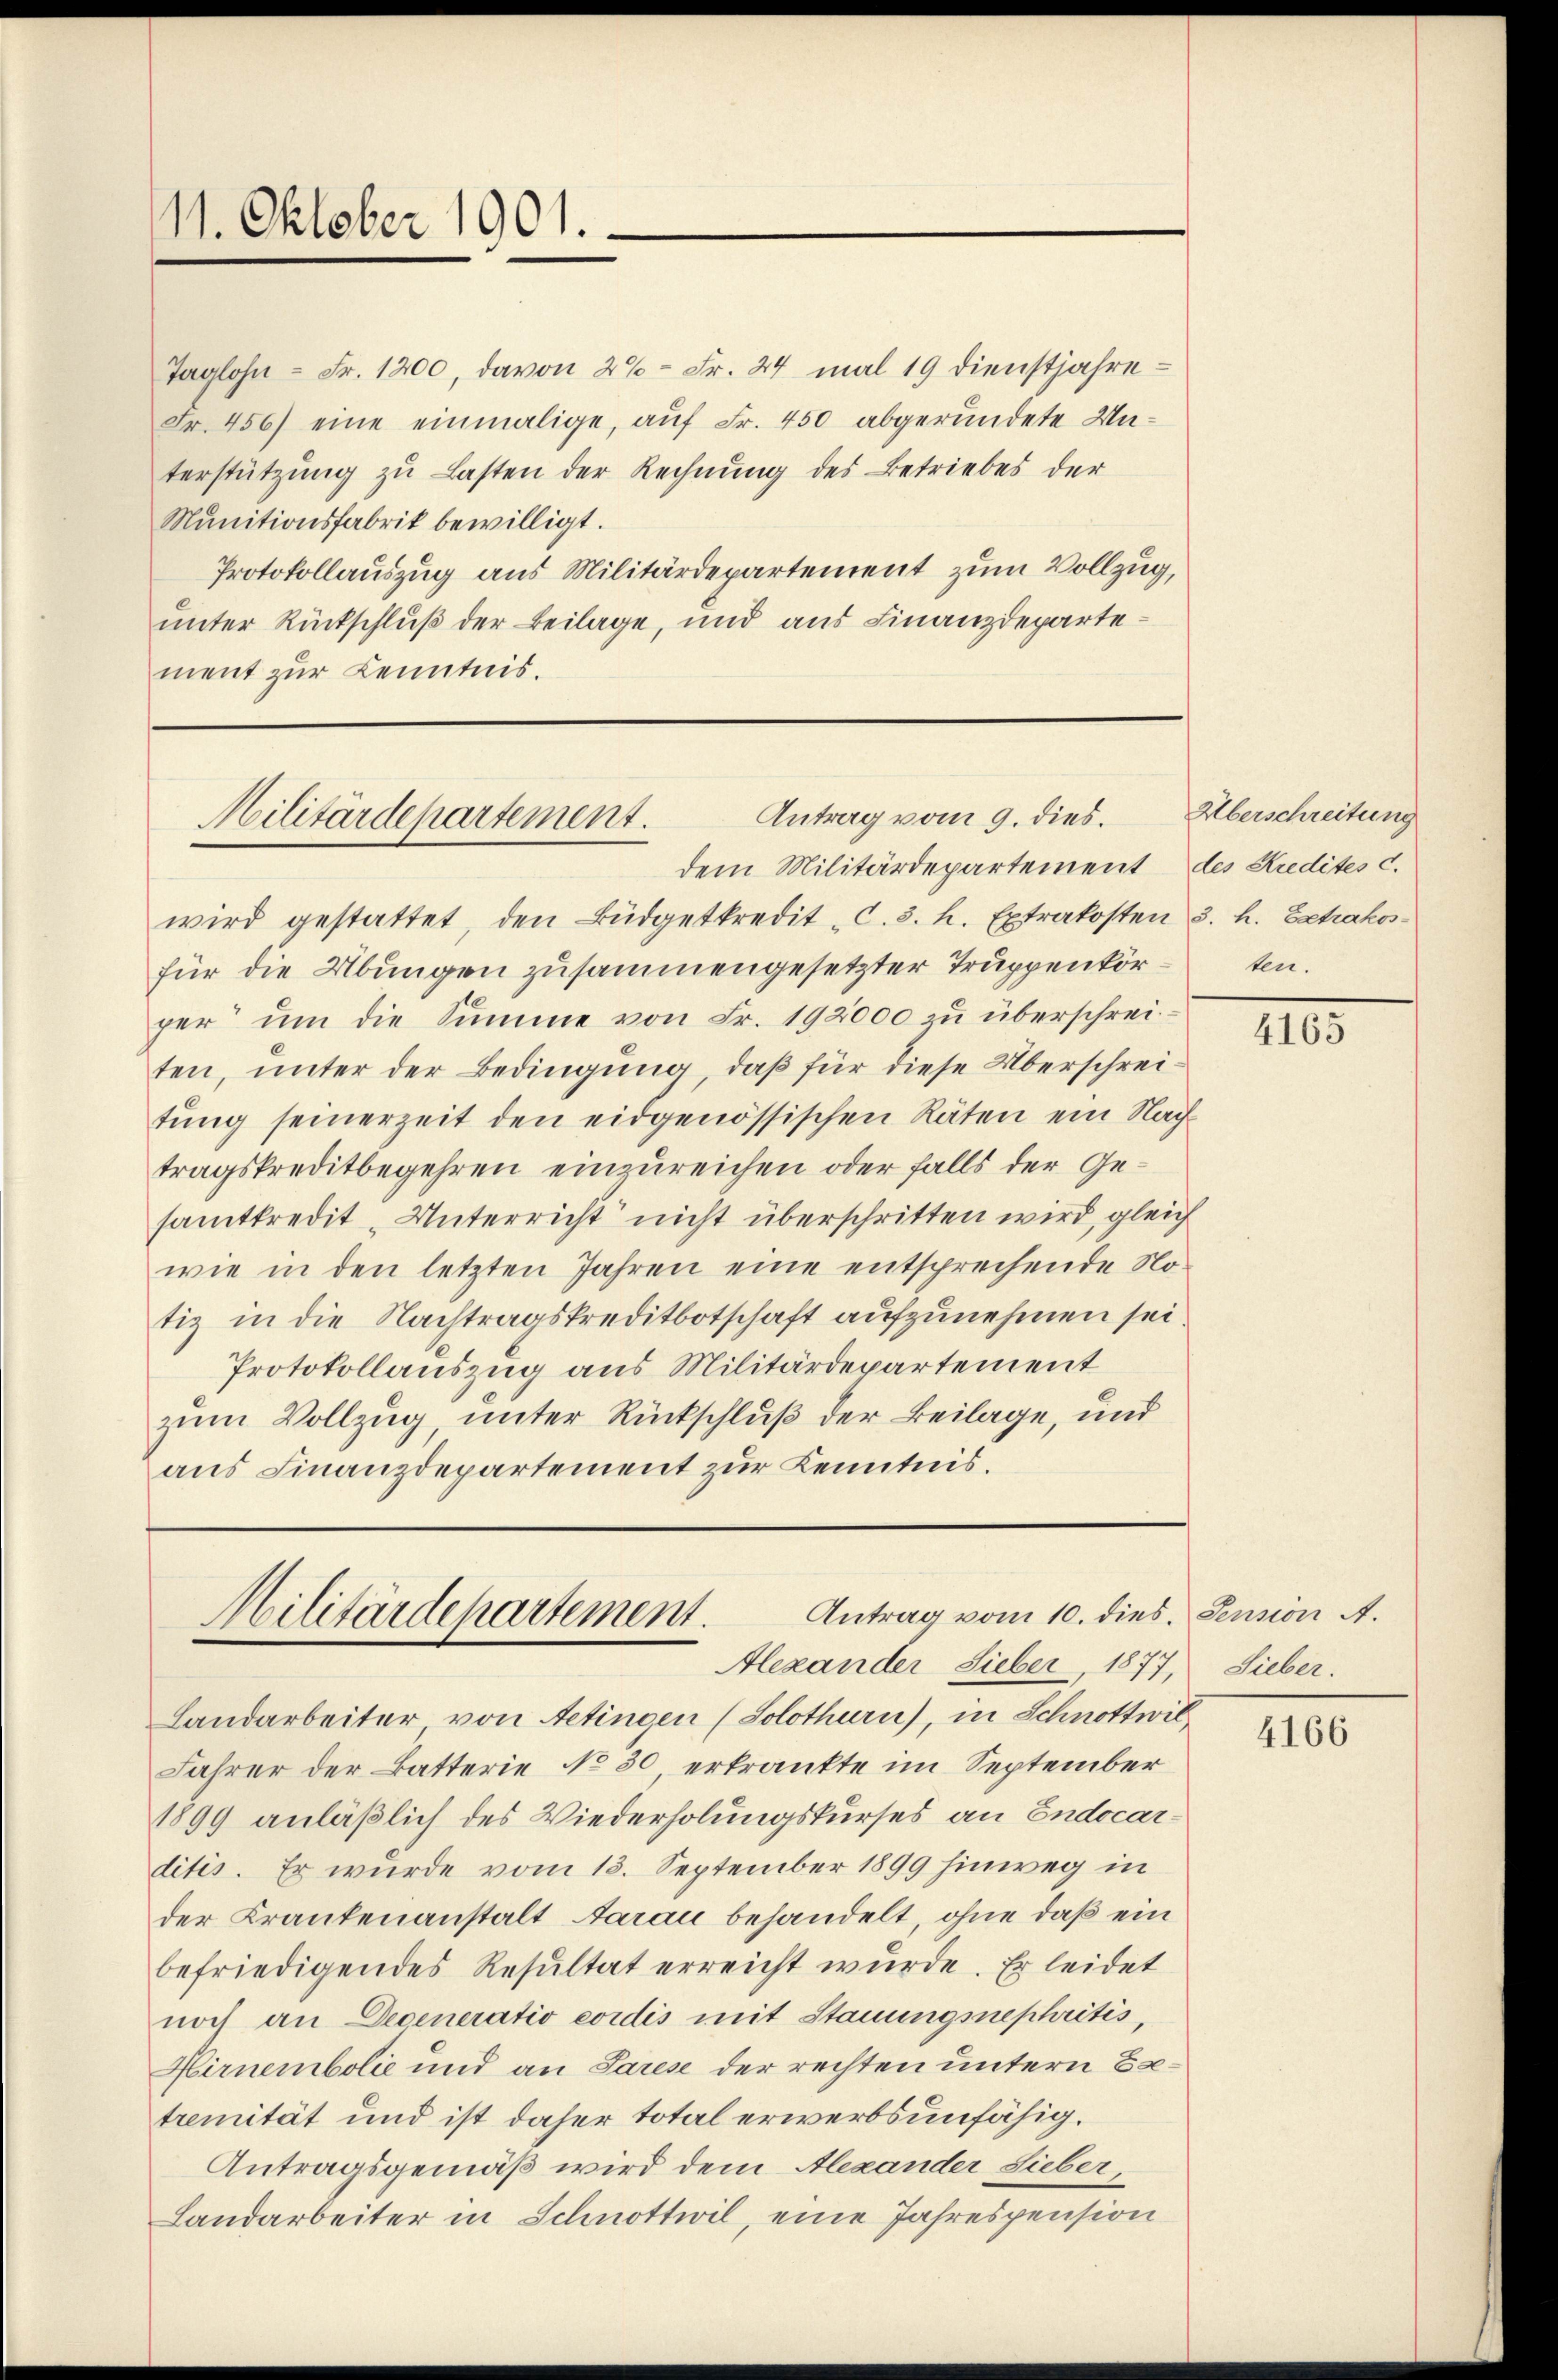
Taglohn - Fr. 1200, davon 2% - Fr. 24 mal 19 dienstjahre
Fr. 456) eine einmalige, auf Fr. 450 abgeründete Unterstützung zu Lasten der Rechnung des Betriebes der
Munitionsfabrik bewilligt.
Protokollauszug aus Militärdepartement zum Vollzug,
unter Rückschluß der Beilage, und aus Finanzdepartement zur Kenntnis.

11. Oktober 1901.

dem Militärdepartement des Kredites c.

Antrag vom 9. dies.
Militärdepartement.

Antrag vom 10. dies.
Militärdepartement.
Alexander Lieber, 1877,

Überschreitung
ben.

wird gestattet, den Büdgetkredit "C. 3. h. Extrakosten d. h. Extrakosfür die Übungen zusammengesetzter Truppenkörper um die Summe von Fr. 192000 zu überschreiten, unter der Bedingung, daß für diese Überschrei-
tŭng seinerzeit den eidgenössischen Räten ein Nach
tragskreditbegehren einzureichen oder falls der Gesamtkredit „Unterricht nicht überschritten wird, gleich
wie in den letzten Jahren eine entsprechende Notiz in die Nachtragskreditbotschaft aufzunehmen sei.
Protokollauszug aus Militärdepartement
zum Vollzug, unter Rückschluß der Beilage, und
aus Finanzdepartement zur Kenntnis.

Landarbeiter von Aetingen (Solothurn), in Schnottwil
Jahrer der Batterie No 30 erkrankte im September
1899 anläßlich des Wiederholungskurses an Endocarditis. Er wurde vom 13. September 1899 hinweg in
der Krankenanstalt darau behandelt, ohne daß ein
befriedigendes Resultat erreicht würde. Er leidet
noch an Degeneratio cordis mit Stauungsnephritis,
Hirnembolie und an Parese der rechten untern Betremität und ist daher total erwerbsunfähig¬
Antragsgemäß wird dem Alexander Lieber,
Landarbeiter in Schnottwil, eine Jahrespension

4165

Pension A.
Sieber.

4166